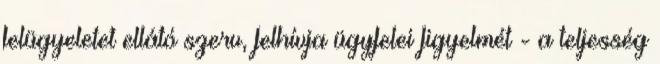
felügyeletet ellátó szerv, felhívja ügyfelei figyelmét - a teljesség